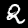
Label: 2